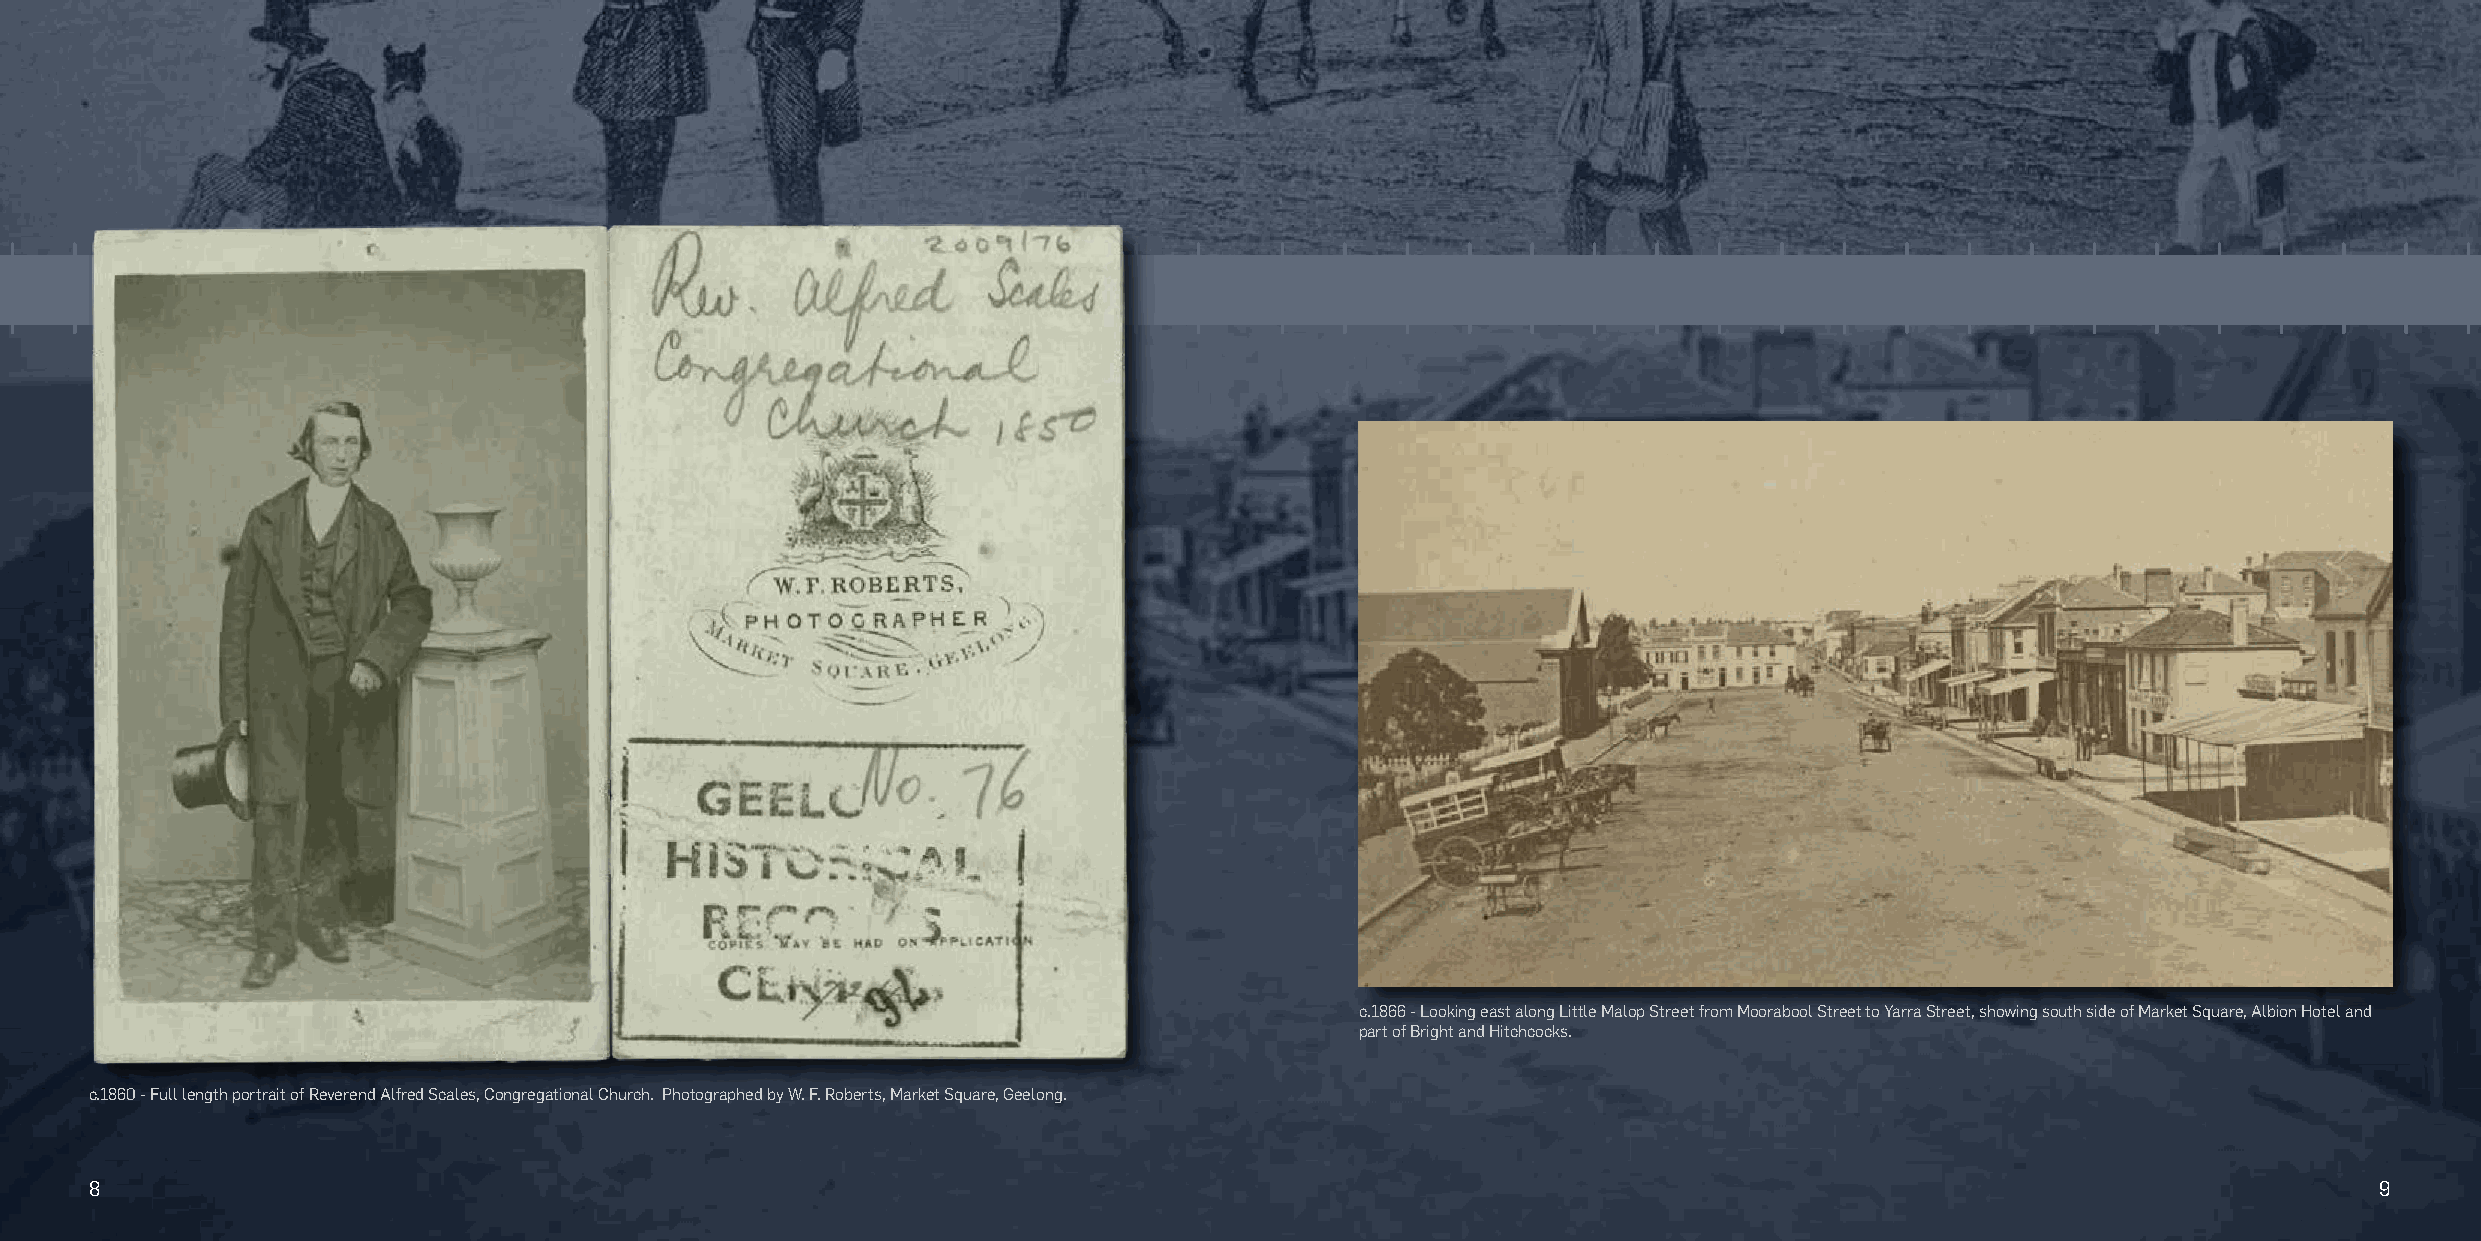
c.1866 - Looking east along Little Malop Street from Moorabool Street to Yarra Street, showing south side of Market Square, Albion Hotel and
 part of Bright and Hitchcocks.
 c.1860 - Full length portrait of Reverend Alfred Scales, Congregational Church. Photographed by W. F. Roberts, Market Square, Geelong.
 8                                                                                                                                                      9